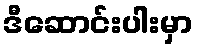
ဒီဆောင်းပါးမှာ